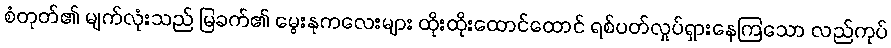
စံတုတ်၏ မျက်လုံးသည် မြခက်၏ မွေးနုကလေးများ ထိုးထိုးထောင်ထောင် ရစ်ပတ်လှုပ်ရှားနေကြသော လည်ကုပ်